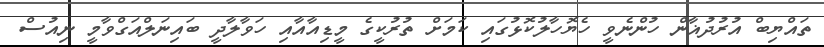
ތައްޔިބް އުރުދުޣާން ހުންނެވީ ހެޔޮހާލުކޮޅުގައި ކަމަށް ތުރުކީގެ މީޑިއާއާއި ހަވާލާދީ ބައިނަލްއަގްވާމީ ނިއުސް